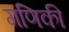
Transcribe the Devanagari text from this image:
गणिकी